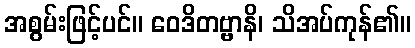
အစွမ်းဖြင့်ပင်။ ဝေဒိတဗ္ဗာနိ၊ သိအပ်ကုန်၏။